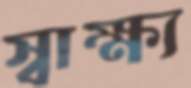
স্বাক্ষ্য